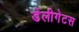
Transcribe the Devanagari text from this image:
डेलीगेटस